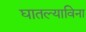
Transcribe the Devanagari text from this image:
घातल्याविना